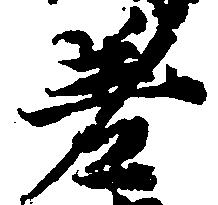
差